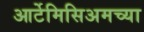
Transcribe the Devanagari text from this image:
आर्टेमिसिअमच्या